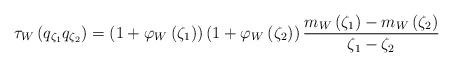
LaTeX: \begin{align*}\tau_{W}\left( q_{\zeta_{1}}q_{\zeta_{2}}\right) =\left( 1+\varphi_{W}\left( \zeta_{1}\right) \right) \left( 1+\varphi_{W}\left( \zeta_{2}\right) \right) \dfrac{m_{W}\left( \zeta_{1}\right) -m_{W}\left(\zeta_{2}\right) }{\zeta_{1}-\zeta_{2}} \end{align*}